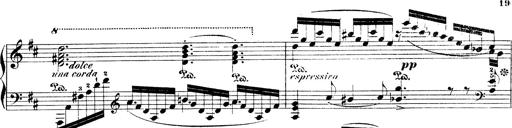
Title: Illustrations de l'opÃ©ra L'Africaine
Composer: Franz Liszt